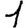
Digit: 1